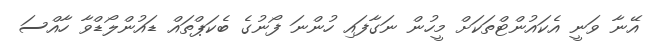
އޭނާ ވަނީ އެކައުންޓްތަކަށް މީހުން ނަގާފައި ހުންނަ ފޯނުގެ ބެކަޕްތައް ޑައުންލޯޑްވާ ހާއްސަ